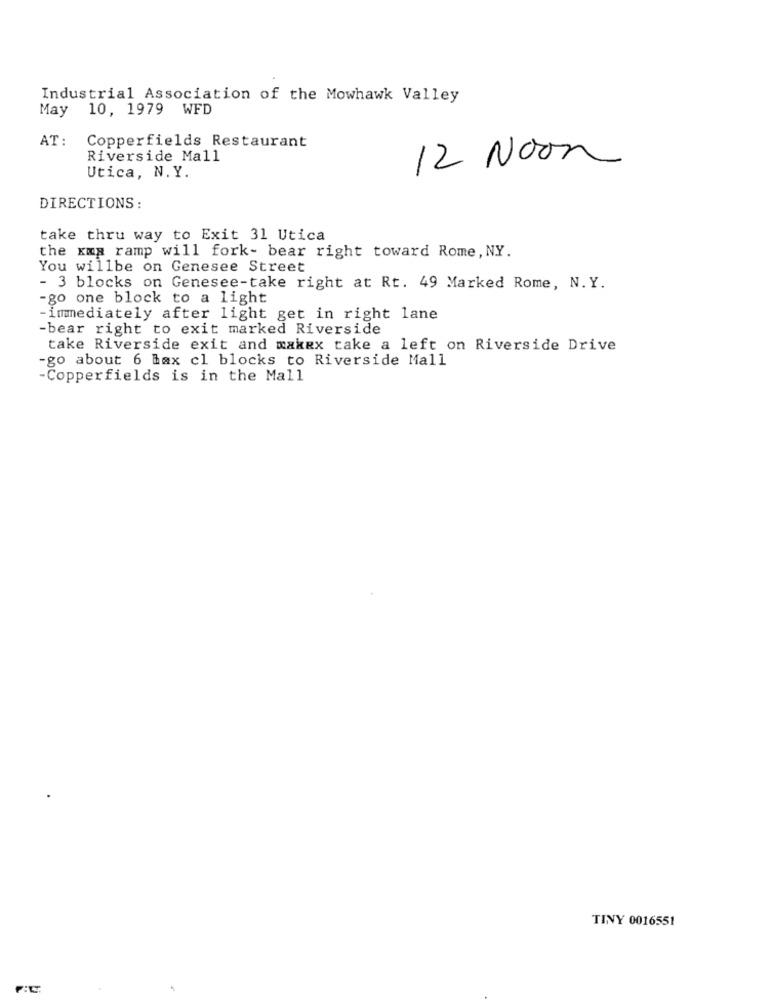
Industrial Association of the Mowhawk Valley
May
10, 1979 WFD
AT:
Copperfields Restaurant
Riverside Mall
12 Noon
Utica, N.Y.
DIRECTIONS :
take thru way to Exit 31 Utica
the xms ramp will fork- bear right toward Rome, NY.
You willbe on Genesee Street
- 3 blocks on Genesee-take right at Rt. 49 Marked Rome, N.Y.
-go one block to a light
immediately after light get in right lane
-bear right to exit marked Riverside
take Riverside exit and makex take a left on Riverside Drive
-go about 6 max cl blocks to Riverside Mall
-Copperfields is in the Mall
TINY 0016551